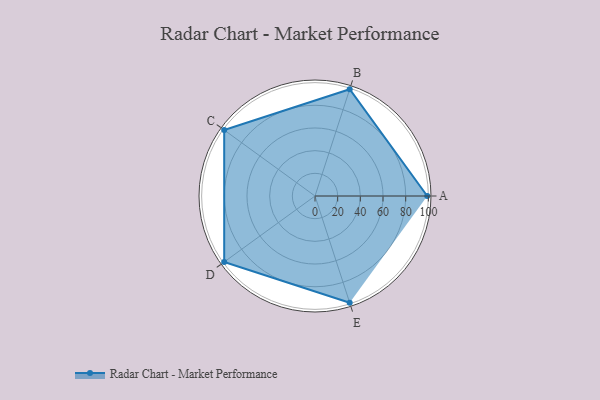
{"axis": {"x": "Skill", "y": "Score"}, "legend": ["Profile"], "data": [{"x": "A", "y": 99, "type": "Profile"}, {"x": "B", "y": 99, "type": "Profile"}, {"x": "C", "y": 99, "type": "Profile"}, {"x": "D", "y": 99, "type": "Profile"}, {"x": "E", "y": 99, "type": "Profile"}]}